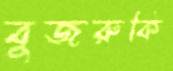
বুজরুকি